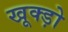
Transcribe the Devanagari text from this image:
खूक्ड़ो